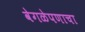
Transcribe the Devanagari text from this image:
वेगळेपणाचा